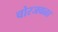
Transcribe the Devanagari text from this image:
चोरजवळा